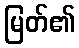
မြတ်၏